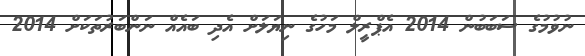
ނުވުމުގެ ސަބަބުން 2014 އެޕްރީލް މަހުގެ ނިޔަލަށް އެދި ބައެއް ނަންބަރުތަކަށް 2014